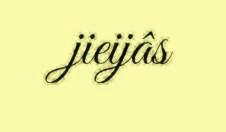
jieijâs